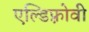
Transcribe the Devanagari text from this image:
एल्डिफ़्रोवी